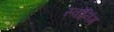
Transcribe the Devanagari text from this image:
स्वोनिंग